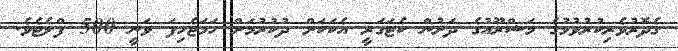
ގެދޮރުވެރިކުރުވުމުގެ މަޝްރޫއުގެ ދަށުން ކެޓަގަރީ އެކަކަށް ދުކުރުމަށް ހަމަޖެހިފަ ވަނީ 500 ފްލެޓެވެ.